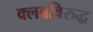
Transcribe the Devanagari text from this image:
क्लबविरुद्ध